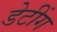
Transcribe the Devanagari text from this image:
डेटींग